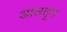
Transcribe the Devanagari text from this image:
आलतून